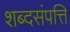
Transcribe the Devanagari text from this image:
शब्दसंपत्ति